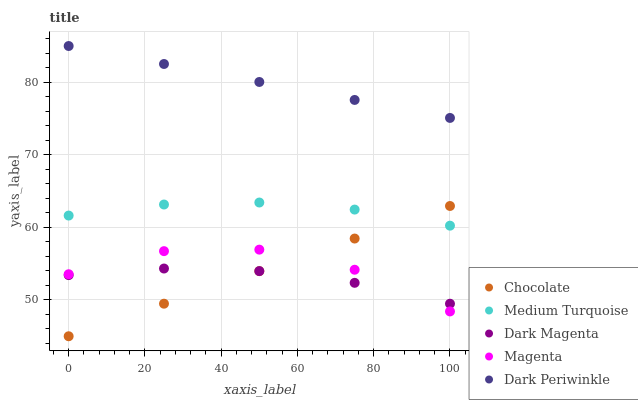
| xaxis_label | Chocolate | Medium Turquoise | Dark Magenta | Magenta | Dark Periwinkle |
 | --- | --- | --- | --- | --- | --- |
 | 0 | 45 | 61.6 | 53.4 | 53.5 | 85 |
 | 25 | 49.5 | 63.2 | 54.3 | 56.7 | 82.5 |
 | 50 | 54 | 63.4 | 54 | 56.9 | 80 |
 | 75 | 58.5 | 62.5 | 52.4 | 54.2 | 77.6 |
 | 100 | 63 | 60.2 | 49.5 | 48.4 | 75.1 |